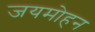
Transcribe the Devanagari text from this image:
जयमोहन